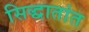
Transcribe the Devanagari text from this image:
सिद्धातांत